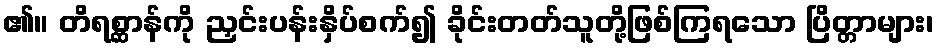
၏။ တိရစ္ဆာန်ကို ညှင်းပန်းနှိပ်စက်၍ ခိုင်းတတ်သူတို့ဖြစ်ကြရသော ပြိတ္တာများ၊